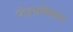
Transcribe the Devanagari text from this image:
पोहचवितात